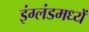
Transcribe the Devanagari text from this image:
इंग्लंडमध्यें